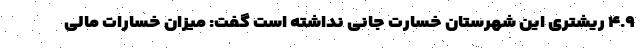
۴.۹ ریشتری این شهرستان خسارت جانی نداشته است گفت: میزان خسارات مالی